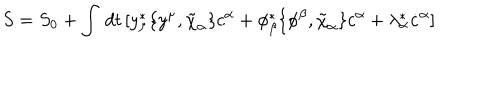
S = S _ { 0 } + \int \, d t \, [ y _ { \mu } ^ { * } \{ y ^ { \mu } , \tilde { \chi } _ { \alpha } \} c ^ { \alpha } + \phi _ { \beta } ^ { * } \{ \phi ^ { \beta } , \tilde { \chi } _ { \alpha } \} c ^ { \alpha } + \lambda _ { \alpha } ^ { * } \dot { c } ^ { \alpha } ]